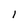
Character: l